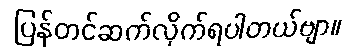
ပြန်တင်ဆက်လိုက်ရပါတယ်ဗျာ။